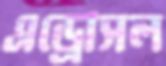
এড্রোসল